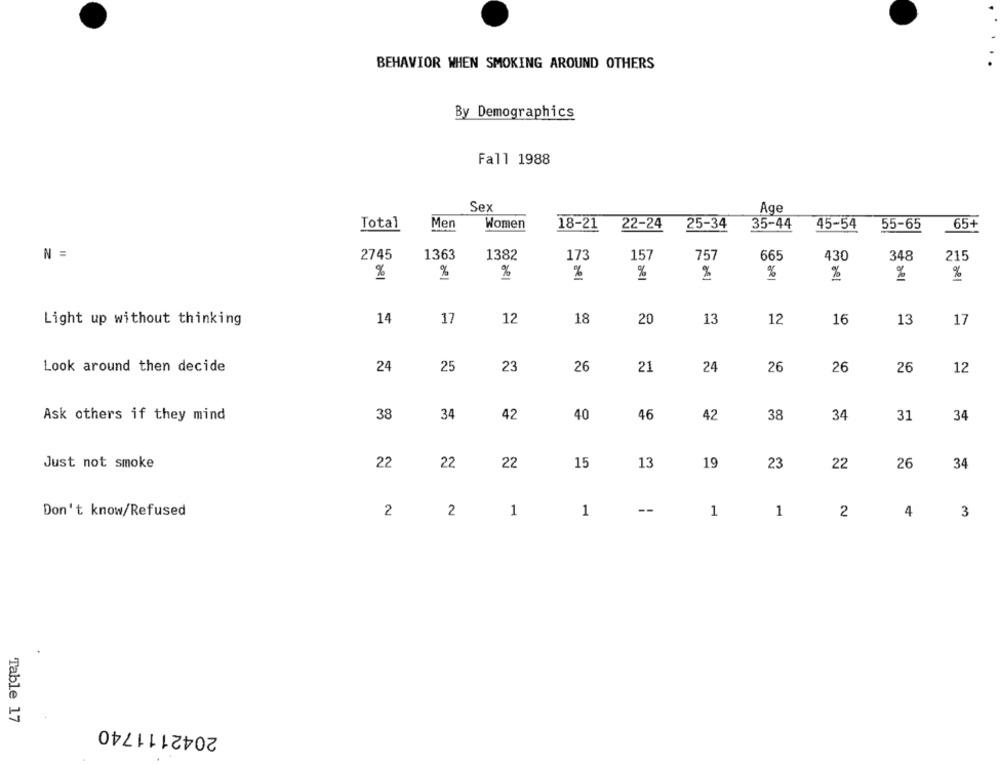
BEHAVIOR WHEN SMOKING AROUND OTHERS
By Demographics
Fall 1988
Sex
Age
Total
Men
Women
18-21
22-24
25-34
35-44
45-54
55-65
65+
N =
2745
1363
1382
173
157
757
665
430
348
215
%
%
%
%
%
%
Light up without thinking
14
17
12
18
20
13
12
16
13
17
Look around then decide
24
25
23
26
21
24
26
26
26
12
Ask others if they mind
38
34
42
40
46
42
38
34
31
34
Just not smoke
22
22
22
15
13
19
23
22
26
34
Don't know/Refused
2
2
1
1
--
1
1
2
4
3
Table 17
2042111740